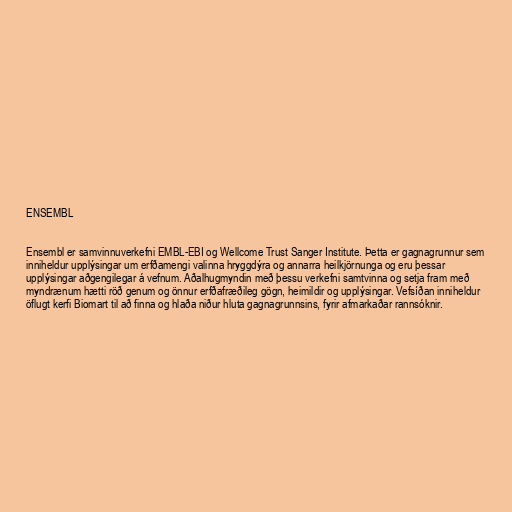
ENSEMBL

Ensembl er samvinnuverkefni EMBL-EBI og Wellcome Trust Sanger Institute. Þetta er gagnagrunnur sem
inniheldur upplýsingar um erfðamengi valinna hryggdýra og annarra heilkjörnunga og eru þessar
upplýsingar aðgengilegar á vefnum. Aðalhugmyndin með þessu verkefni samtvinna og setja fram með
myndrænum hætti röð genum og önnur erfðafræðileg gögn, heimildir og upplýsingar. Vefsíðan inniheldur
öflugt kerfi Biomart til að finna og hlaða niður hluta gagnagrunnsins, fyrir afmarkaðar rannsóknir.